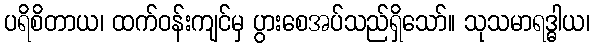
ပရိစိတာယ၊ ထက်ဝန်းကျင်မှ ပွားစေအပ်သည်ရှိသော်။ သုသမာရဒ္ဓါယ၊